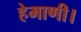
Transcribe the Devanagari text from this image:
हेमाणी।